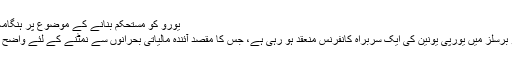
یورو کو مستحکم بنانے کے موضوع پر ہنگامہ خیز سربراہ کانفرنس
28 اور 29 اکتوبر کو برسلز میں یورپی یونین کی ایک سربراہ کانفرنس منعقد ہو رہی ہے، جس کا مقصد آئندہ مالیاتی بحرانوں سے نمٹنے کے لئے واضح ضوابط طَے کرنا ہے۔